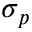
\sigma _ { p }